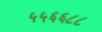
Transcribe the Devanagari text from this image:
५५६६८८